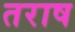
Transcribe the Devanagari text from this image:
तराष